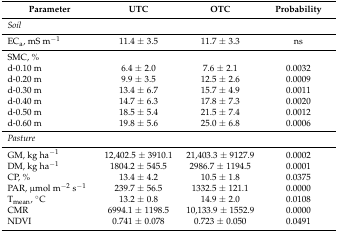
| Parameter | UTC | OTC | Probability |
 | --- | --- | --- | --- |
 | Soil |  |  |  |
 | ECa, mS m−1 | 11.4 ± 3.5 | 11.7 ± 3.3 | ns |
 | SMC, % |  |  |  |
 | d-0.10 m | 6.4 ± 2.0 | 7.6 ± 2.1 | 0.0032 |
 | d-0.20 m | 9.9 ± 3.5 | 12.5 ± 2.6 | 0.0009 |
 | d-0.30 m | 13.4 ± 6.7 | 15.7 ± 4.9 | 0.0011 |
 | d-0.40 m | 14.7 ± 6.3 | 17.8 ± 7.3 | 0.0020 |
 | d-0.50 m | 18.5 ± 5.4 | 21.5 ± 7.4 | 0.0012 |
 | d-0.60 m | 19.8 ± 5.6 | 25.0 ± 6.8 | 0.0006 |
 | Pasture |  |  |  |
 | GM, kg ha−1 | 12,402.5 ± 3910.1 | 21,403.3 ± 9127.9 | 0.0002 |
 | DM, kg ha−1 | 1804.2 ± 545.5 | 2986.7 ± 1194.5 | 0.0001 |
 | CP, % | 13.4 ± 4.2 | 10.5 ± 1.8 | 0.0375 |
 | PAR, μmol m−2 s−1 | 239.7 ± 56.5 | 1332.5 ± 121.1 | 0.0000 |
 | Tmean, °C | 13.2 ± 0.8 | 14.9 ± 2.0 | 0.0108 |
 | CMR | 6994.1 ± 1198.5 | 10,133.9 ± 1552.9 | 0.0000 |
 | NDVI | 0.741 ± 0.078 | 0.723 ± 0.050 | 0.0491 |